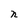
Character: n